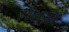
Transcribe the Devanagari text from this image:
१९८४मधे